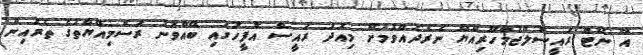
އާ ނޫޓް ރައީސުލްޖުމްހޫރިއްޔާ ނެރެދެއްވުމަށް މިއަދު ރައީސް އޮފީހުގައި ބޭއްވުނު ރަސްމިއްޔާތުގެ ތެރެއިން